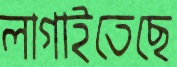
লাগাইতেছে